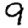
Digit: 9